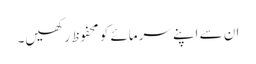
ان سے اپنے سرمائے کو محفوظ رکھیں۔